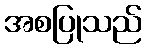
အစပြုသည်